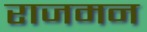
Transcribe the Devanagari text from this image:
राजमन